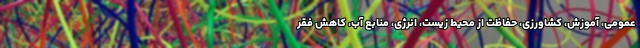
عمومی، آموزش، کشاورزی، حفاظت از محیط زیست، انرژی، منابع آب، کاهش فقر